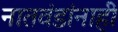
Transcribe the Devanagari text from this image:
नातवंडांनाही